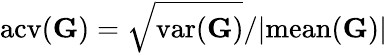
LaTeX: \mathrm{acv}(\mathbf G)=\sqrt{\mathrm{var}(\mathbf G)}/|\mathrm{mean}(\mathbf G)|